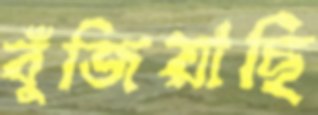
বুঁজিয়াছি